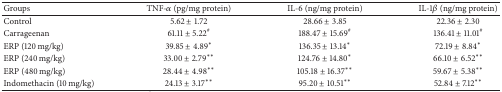
<table><thead><tr><td><b>Groups</b></td><td><b>TNF-<i>α</i> (pg/mg protein)</b></td><td><b>IL-6 (ng/mg protein)</b></td><td><b>IL-1<i>β</i> (ng/mg protein)</b></td></tr></thead><tbody><tr><td>Control</td><td>5.62 ± 1.72</td><td>28.66 ± 3.85</td><td>22.36 ± 2.30</td></tr><tr><td>Carrageenan</td><td>61.11 ± 5.22<sup>#</sup></td><td>188.47 ± 15.69<sup>#</sup></td><td>136.41 ± 11.01<sup>#</sup></td></tr><tr><td>ERP (120 mg/kg)</td><td>39.85 ± 4.89*</td><td>136.35 ± 13.14*</td><td>72.19 ± 8.84*</td></tr><tr><td>ERP (240 mg/kg)</td><td>33.00 ± 2.79**</td><td>124.76 ± 14.80*</td><td>66.10 ± 6.52**</td></tr><tr><td>ERP (480 mg/kg)</td><td>28.44 ± 4.98**</td><td>105.18 ± 16.37**</td><td>59.67 ± 5.38**</td></tr><tr><td>Indomethacin (10 mg/kg)</td><td>24.13 ± 3.17**</td><td>95.20 ± 10.51**</td><td>52.84 ± 7.12**</td></tr></tbody></table>